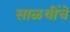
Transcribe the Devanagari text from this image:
साळवींचे